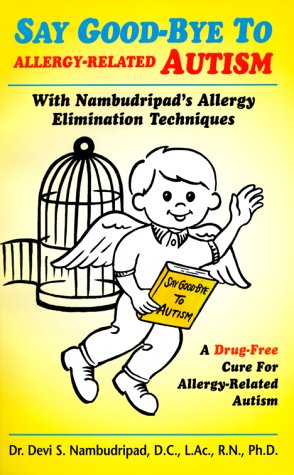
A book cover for Say Good-Bye to Allergy Related Autism; Devi S. Nambudripad; Health, Fitness & Dieting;